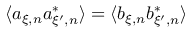
\langle a _ { \xi , n } a _ { \xi ^ { \prime } , n } ^ { * } \rangle = \langle b _ { \xi , n } b _ { \xi ^ { \prime } , n } ^ { * } \rangle